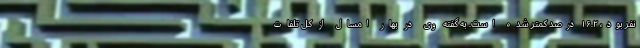
نفر بود، ۱۶.۲ درصد کمتر شده است. به گفته وی در بهار امسال از کل تلفات